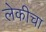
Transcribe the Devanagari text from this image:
लेकीचा